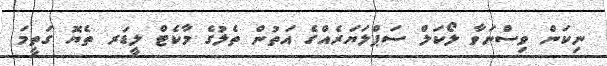
ނިކަން ވިސްނަވާ ލޯކަލް ސަޕްލަޔަރެއްގެ އަތުން ތެލުގެ މާކެޓް ލީޑަރ ތެޔޮ ގަތީމަ